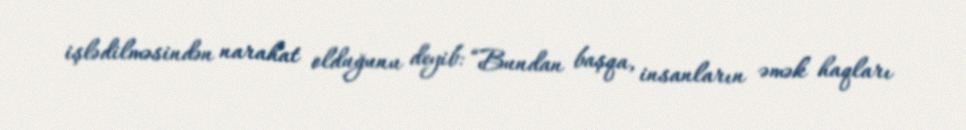
işlədilməsindən narahat olduğunu deyib: “Bundan başqa, insanların əmək haqları